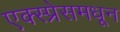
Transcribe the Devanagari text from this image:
एक्स्प्रेसमधून